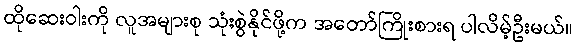
ထိုဆေးဝါးကို လူအများစု သုံးစွဲနိုင်ဖို့က အတော်ကြိုးစားရ ပါလိမ့်ဦးမယ်။